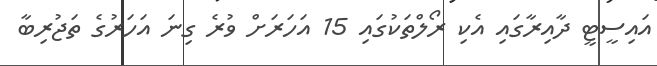
އައިސީޓީ ދާއިރާގައި އެކި ރޯލްތަކުގައި 15 އަހަރަށް ވުރެ ގިނަ އަހަރުގެ ތަޖުރިބާ